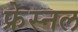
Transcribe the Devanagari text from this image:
फ्रेस्नल